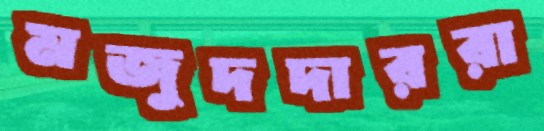
মজুদদাররা